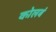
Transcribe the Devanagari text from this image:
कोलबं